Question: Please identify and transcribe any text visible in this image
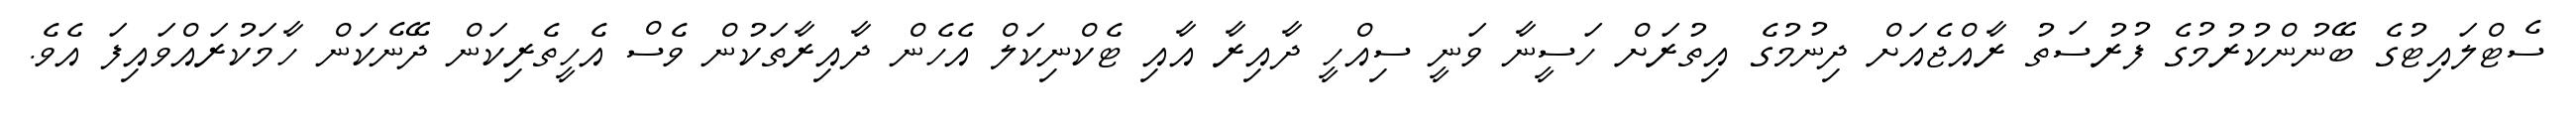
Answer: ސެޓްލައިޓުގެ ބޭނުންކުރުމުގެ ފުރުސަތު ރާއްޖެއަށް ދިނުމުގެ އިތުރަށް ހަސީނާ ވަނީ ސިއްހީ ދާއިރާ އާއި ޓެކްނިކަލް އެހެން ދާއިރާތަކުން ވެސް އެހީތެރިކަން ދޭނެކަން ހާމަކުރައްވައިފަ އެވެ.